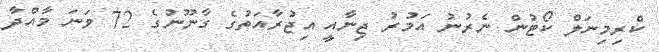
ކްރިމިނަލް ކޯޓުން ނެރުނު އަމުރު ޖިނާއީ އިޖުރާއަތުގެ ގާނޫނުގެ 72 ވަނަ މާއްދާ